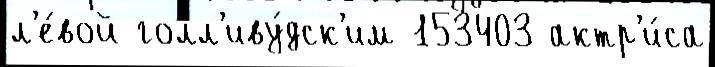
л'е́вой голл'иву́дск'им 153403 актр'и́са